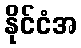
နိုင်ငံအ